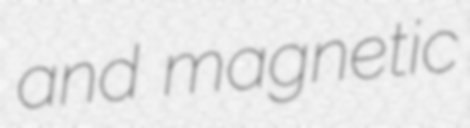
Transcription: and magnetic